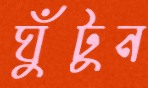
ঘুঁটুন